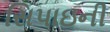
સિપાઇની